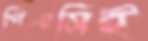
পিএসিই